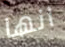
انها